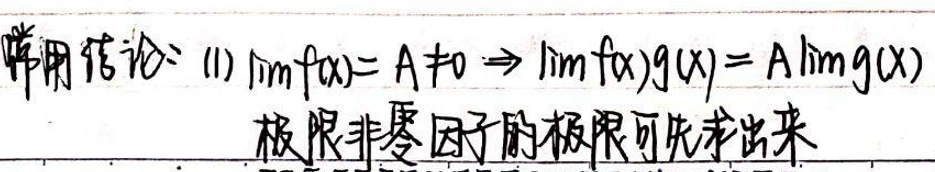
常用结论：(1) $\lim f(x)=A\neq0\Rightarrow\lim f(x)g(x)=A\lim g(x)$，极限非零因子的极限可先求出来。